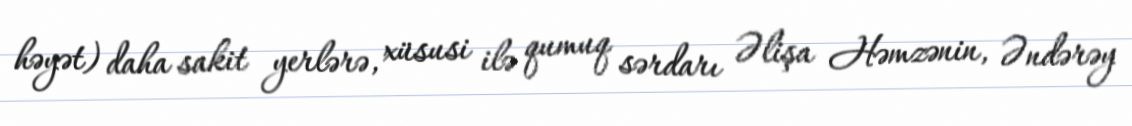
həyət) daha sakit yerlərə, xüsusi ilə qumuq sərdarı Əlişa Həmzənin, Əndərəy